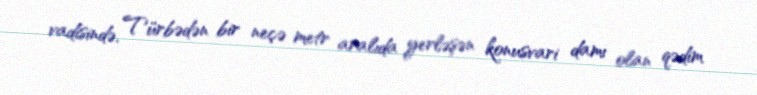
vadisində, Türbədən bir neçə metr aralıda yerləşən konusvari damı olan qədim